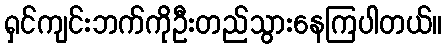
ရှင်ကျင်းဘက်ကိုဦးတည်သွားနေကြပါတယ်။